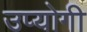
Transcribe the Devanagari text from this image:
उप्योगी